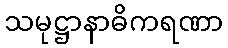
သမုဋ္ဌာနာဓိကရဏာ